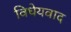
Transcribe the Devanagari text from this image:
विधेयवाद